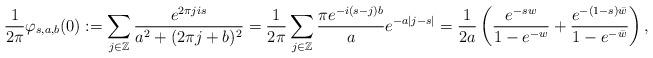
LaTeX: \begin{align*} \frac{1}{2\pi} \varphi_{s,a,b}(0) := \sum_{ j \in \mathbb{Z}} \frac{ e^{2 \pi j i s } }{ a^2 + (2 \pi j + b)^2 } = \frac{1}{2\pi } \sum_{ j \in \mathbb{Z}} \frac{ \pi e^{ - i (s-j)b} }{ a} e^{ - a |j-s| } = \frac{1}{2a} \left( \frac{ e^{ - s w}}{ 1 - e^{ - w}} + \frac{ e^{ - (1-s)\bar{w} } }{ 1 - e^{ - \bar{w}} } \right),\end{align*}